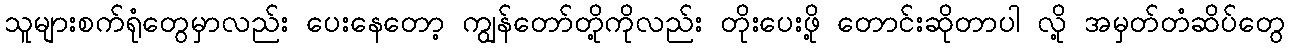
သူများစက်ရုံတွေမှာလည်း ပေးနေတော့ ကျွန်တော်တို့ကိုလည်း တိုးပေးဖို့ တောင်းဆိုတာပါ လို့ အမှတ်တံဆိပ်တွေ